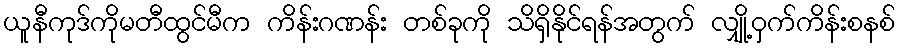
ယူနီကုဒ်ကိုမတီထွင်မီက ကိန်းဂဏန်း တစ်ခုကို သိရှိနိုင်ရန်အတွက် လျှို့ဝှက်ကိန်းစနစ်